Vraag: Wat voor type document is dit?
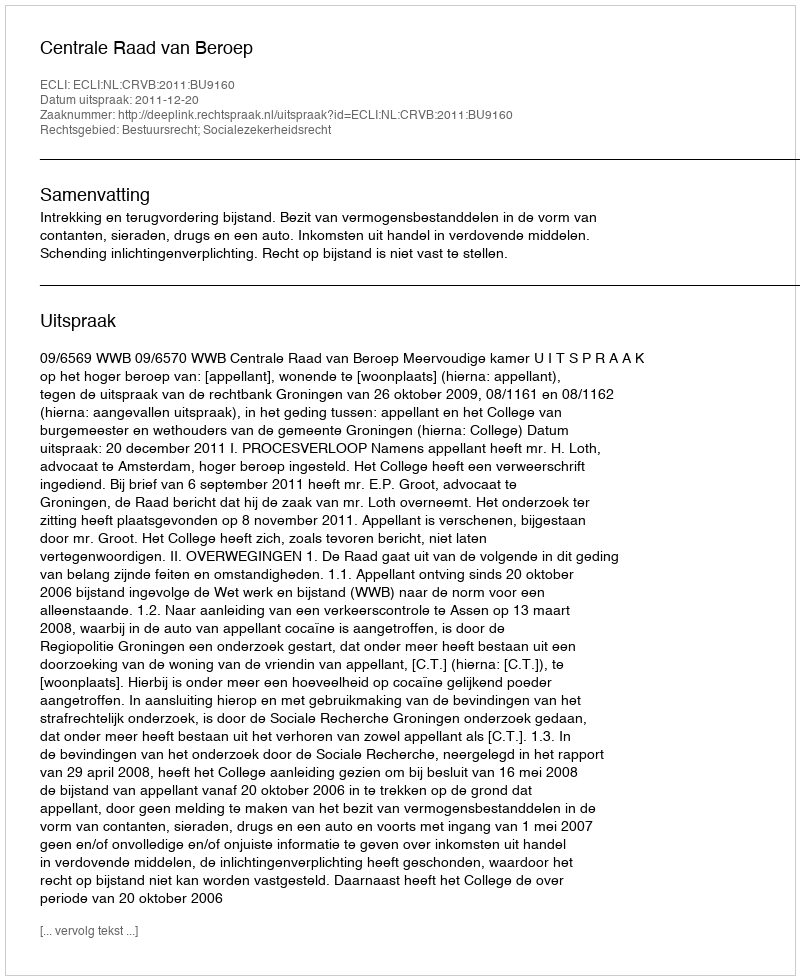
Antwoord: Uitspraak